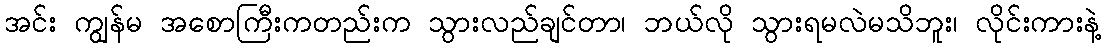
အင်း ကျွန်မ အစောကြီးကတည်းက သွားလည်ချင်တာ၊ ဘယ်လို သွားရမလဲမသိဘူး၊ လိုင်းကားနဲ့